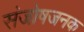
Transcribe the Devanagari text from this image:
संजोषजनक